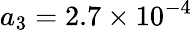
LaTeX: a_{3}=2.7\times 10^{-4}